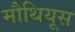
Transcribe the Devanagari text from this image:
मौथियूस